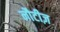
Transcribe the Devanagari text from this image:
नौटीज़